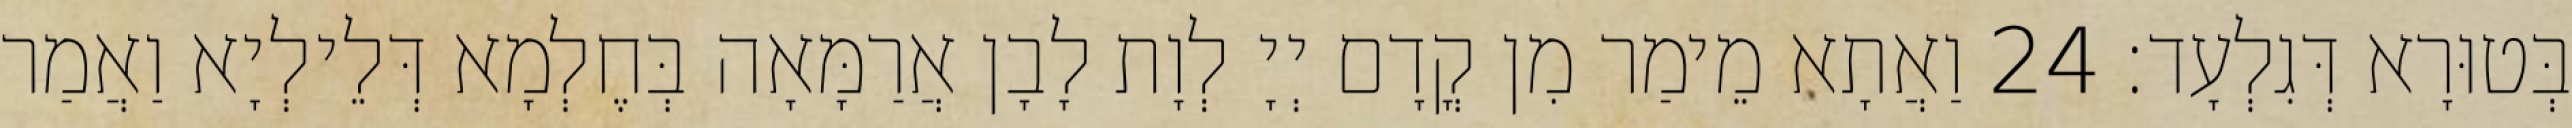
בְּטוּרָא דְּגִלְעָד׃ 24 וַאֲתָא מֵימַר מִן קֳדָם יְיָ לְוָת לָבָן אֲרַמָּאָה בְּחֶלְמָא דְּלֵילְיָא וַאֲמַר